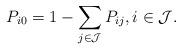
LaTeX: \begin{align*} P_{i0}=1-\sum_{j\in \mathcal{J}}P_{ij}, i\in \mathcal{J}.\end{align*}